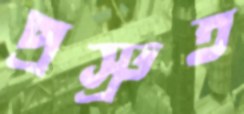
প্রস্রুত